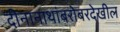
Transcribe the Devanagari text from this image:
दीनानाथांबरोबरदेखील